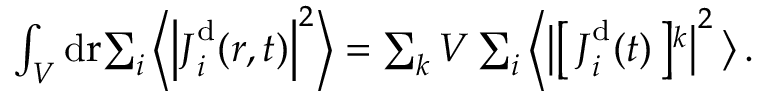
\begin{array} { r l } & { \int _ { V } \mathrm { d } \mathbf { { \boldsymbol { r } } } { \sum _ { i } \left\langle \left\vert { { \boldsymbol { J } } } _ { i } ^ { \mathrm { d } } ( { \boldsymbol { r } } , t ) \right\vert ^ { 2 } \right\rangle } = \sum _ { k } V \sum _ { i } \left\langle \big \vert \right[ \boldsymbol { J } _ { i } ^ { \mathrm { d } } ( t ) \left] ^ { k } \right\vert ^ { 2 } \big \rangle \, . } \end{array}